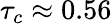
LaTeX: \tau_{c}\approx 0.56